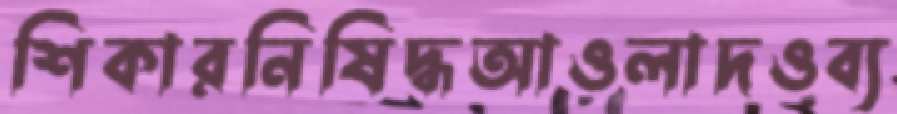
শিকারনিষিদ্ধআওলাদওব্য